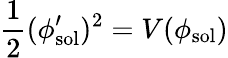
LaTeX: \frac{1}{2}(\phi_{\mathrm{sol}}^{\prime})^{2}=V(\phi_{\mathrm{sol}})